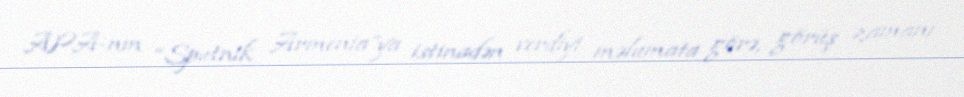
APA-nın “Sputnik Armenia”ya istinadən verdiyi məlumata görə, görüş zamanı